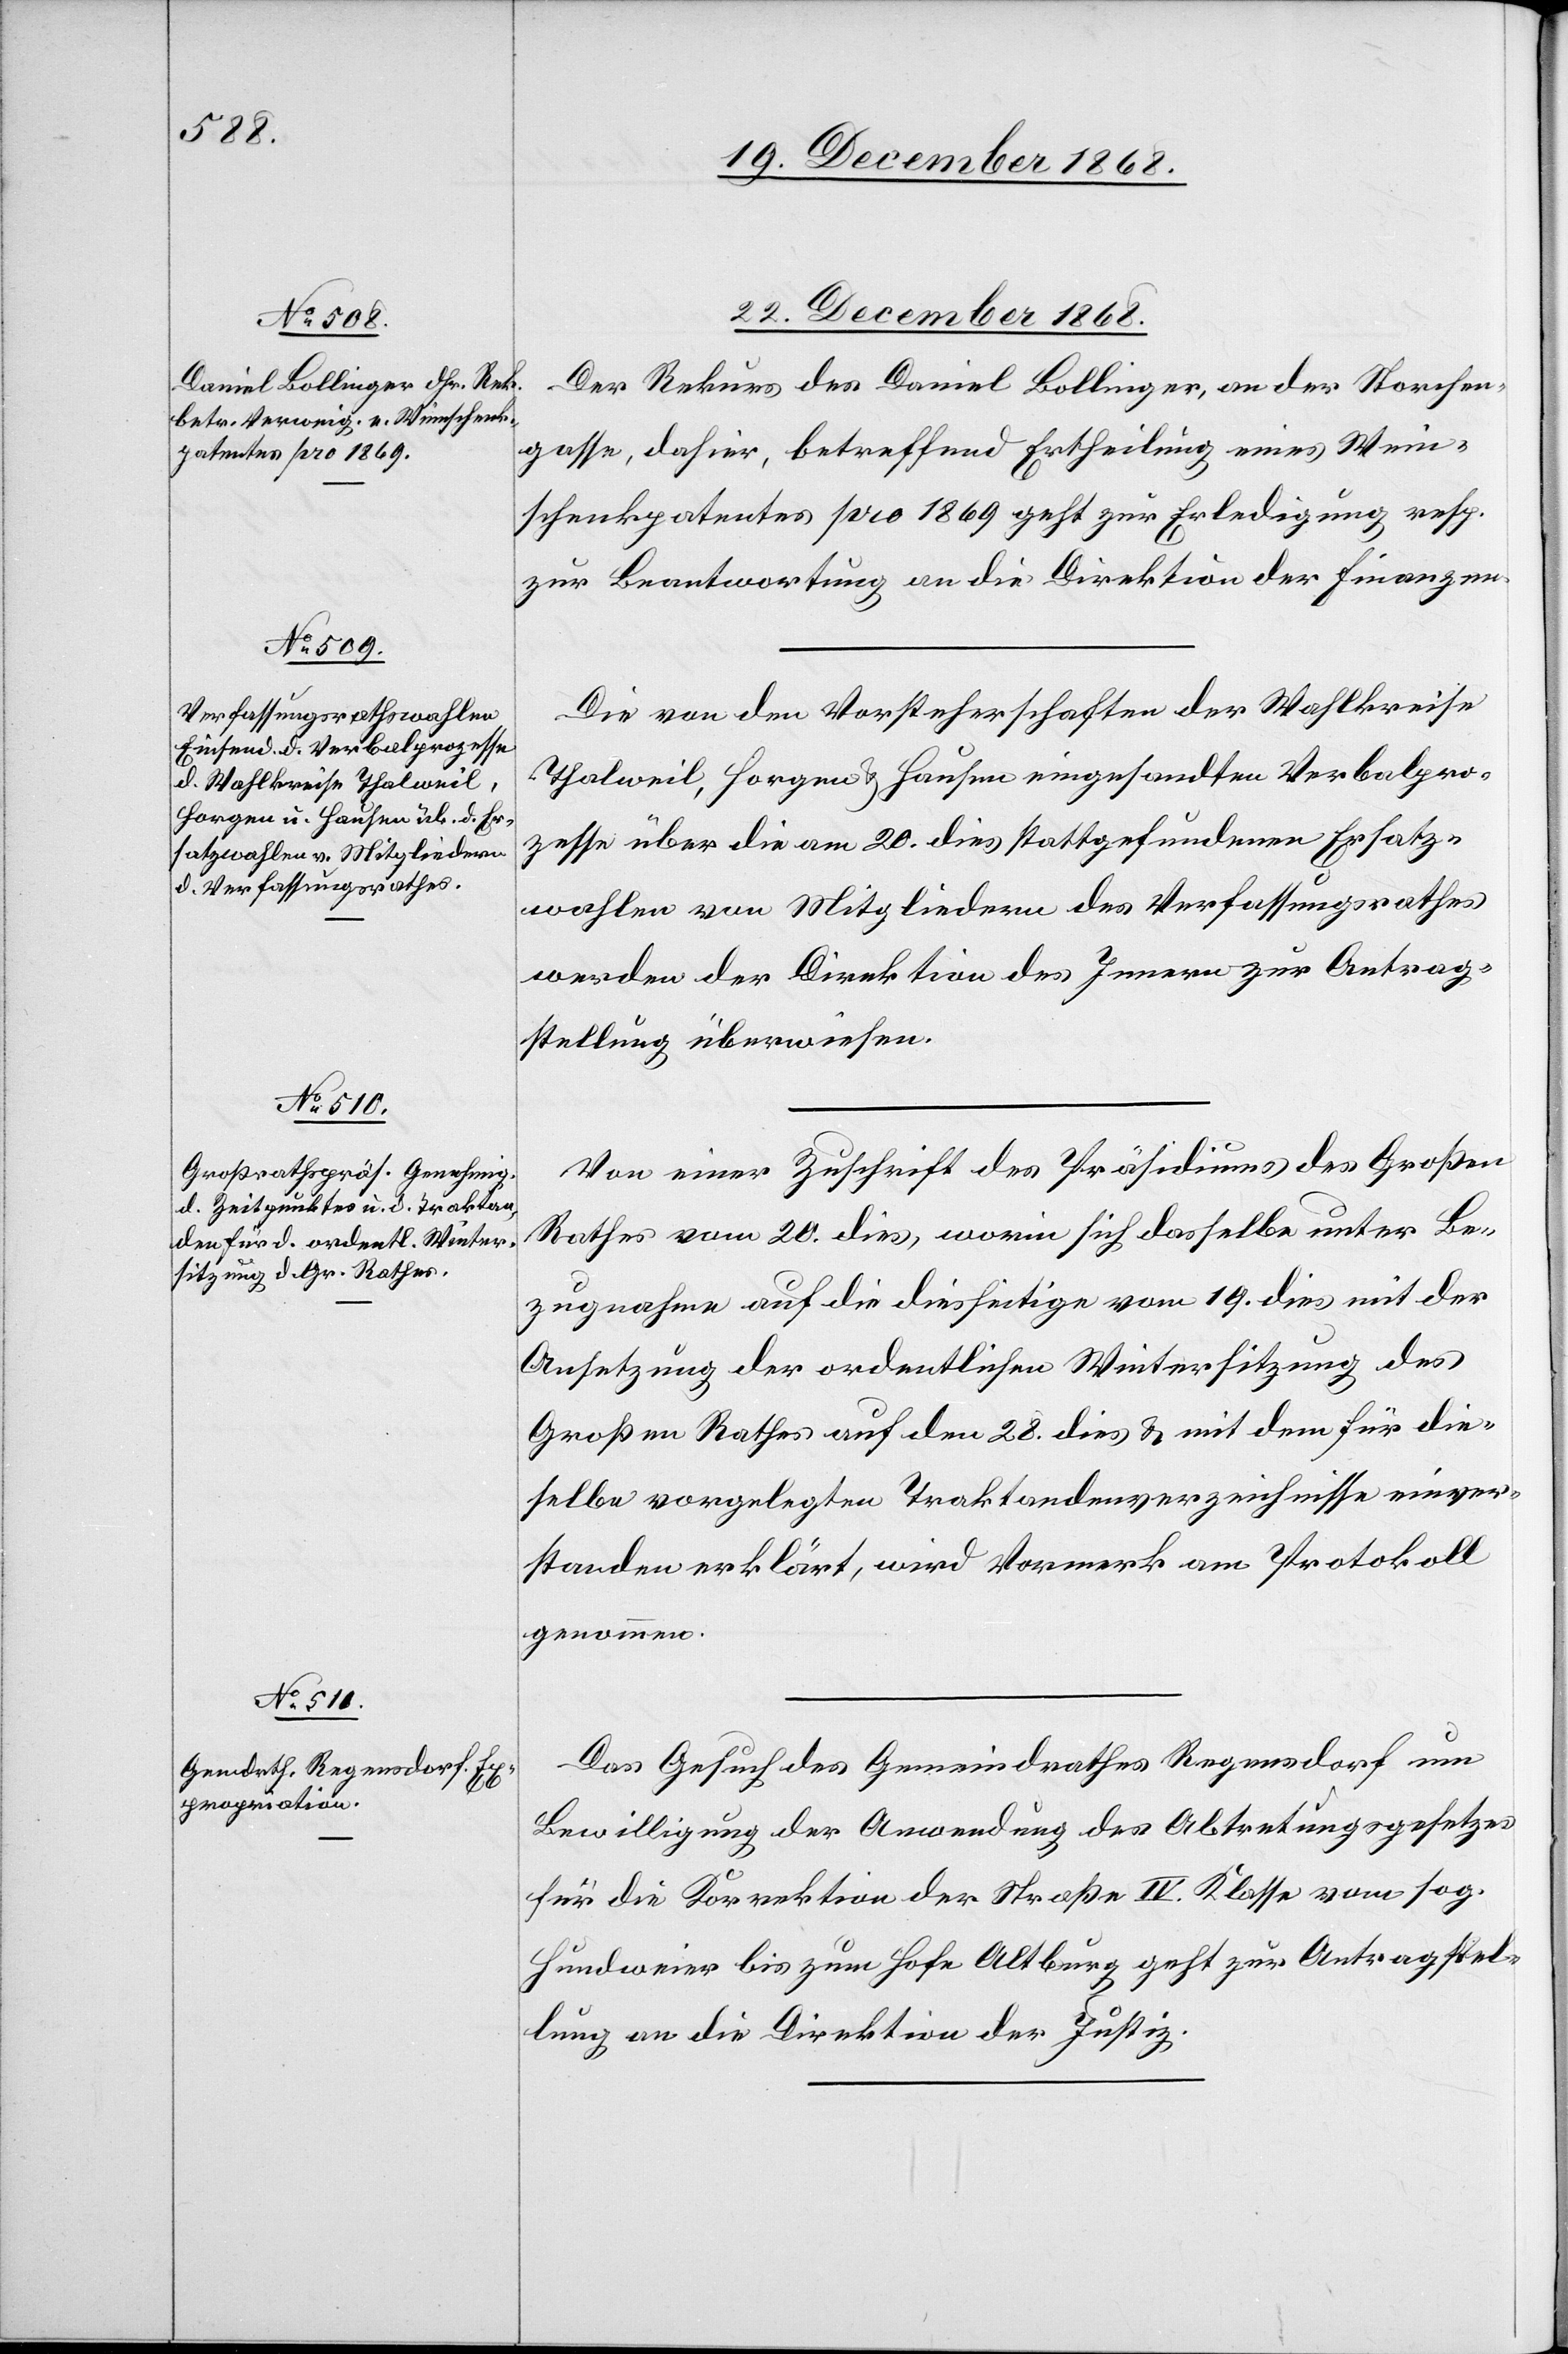
22. December 1868.]
Der Rekurs des Daniel Bollinger, an der Storchen¬
gasse, dahier, betreffend Ertheilung eines Wein¬
schenkpatentes pro 1869 geht zur Erledigung resp.
zur Beantwortung an die Direktion der Finanzen.
Die von den Vorsteherschaften der Wahlkreise
Thalweil, Horgen & Hausen eingesandten Verbalpro¬
zesse über die am 20. dies stattgefundenen Ersatz¬
wahlen von Mitgliedern des Verfassungsrathes
werden der Direktion des Innern zur Antrag¬
stellung überwiesen.
Von einer Zuschrift des Präsidiums des Großen
Rathes vom 20. dies, worin sich dasselbe unter Be¬
zugnahme auf die diesseitige vom 19. dies mit der
Ansetzung der ordentlichen Wintersitzung des
Großen Rathes auf den 28. dies & mit dem für die¬
selbe vorgelegten Traktandenverzeichnisse einver¬
standen erklärt, wird Vormerk am Protokoll
genommen.
Das Gesuch des Gemeindrathes Regensdorf um
Bewilligung der Anwendung des Abtretungsgesetzes
für die Korrektion der Straße IV. Klasse vom sog.
Hundweier bis zum Hofe Altburg geht zur Antragstel¬
lung an die Direktion der Justiz.